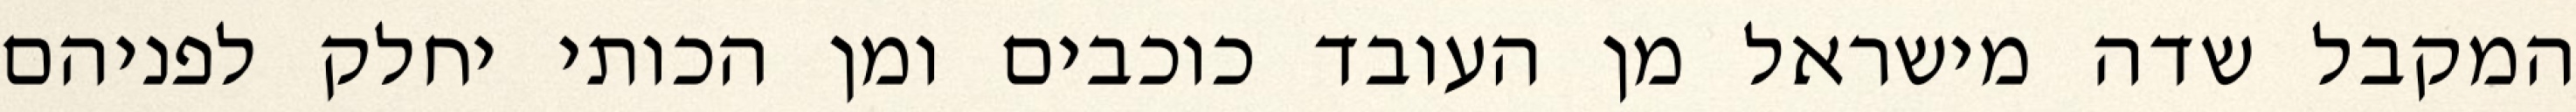
המקבל שדה מישראל מן העובד כוכבים ומן הכותי יחלק לפניהם